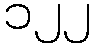
၁၂၂